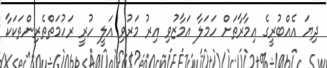
ދިޔަ އެއްބުރީގެ އިމާރާތަށް ހަމަލާ އަމާޒުވި އިރު މަރުވި އަލީ ހުރީ ރަހުމަތްތެރިންތަކަކާ